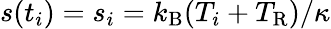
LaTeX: s(t_{i})=s_{i}=k_{\mathrm{B}}(T_{i}+T_{\mathrm{R}})/\kappa